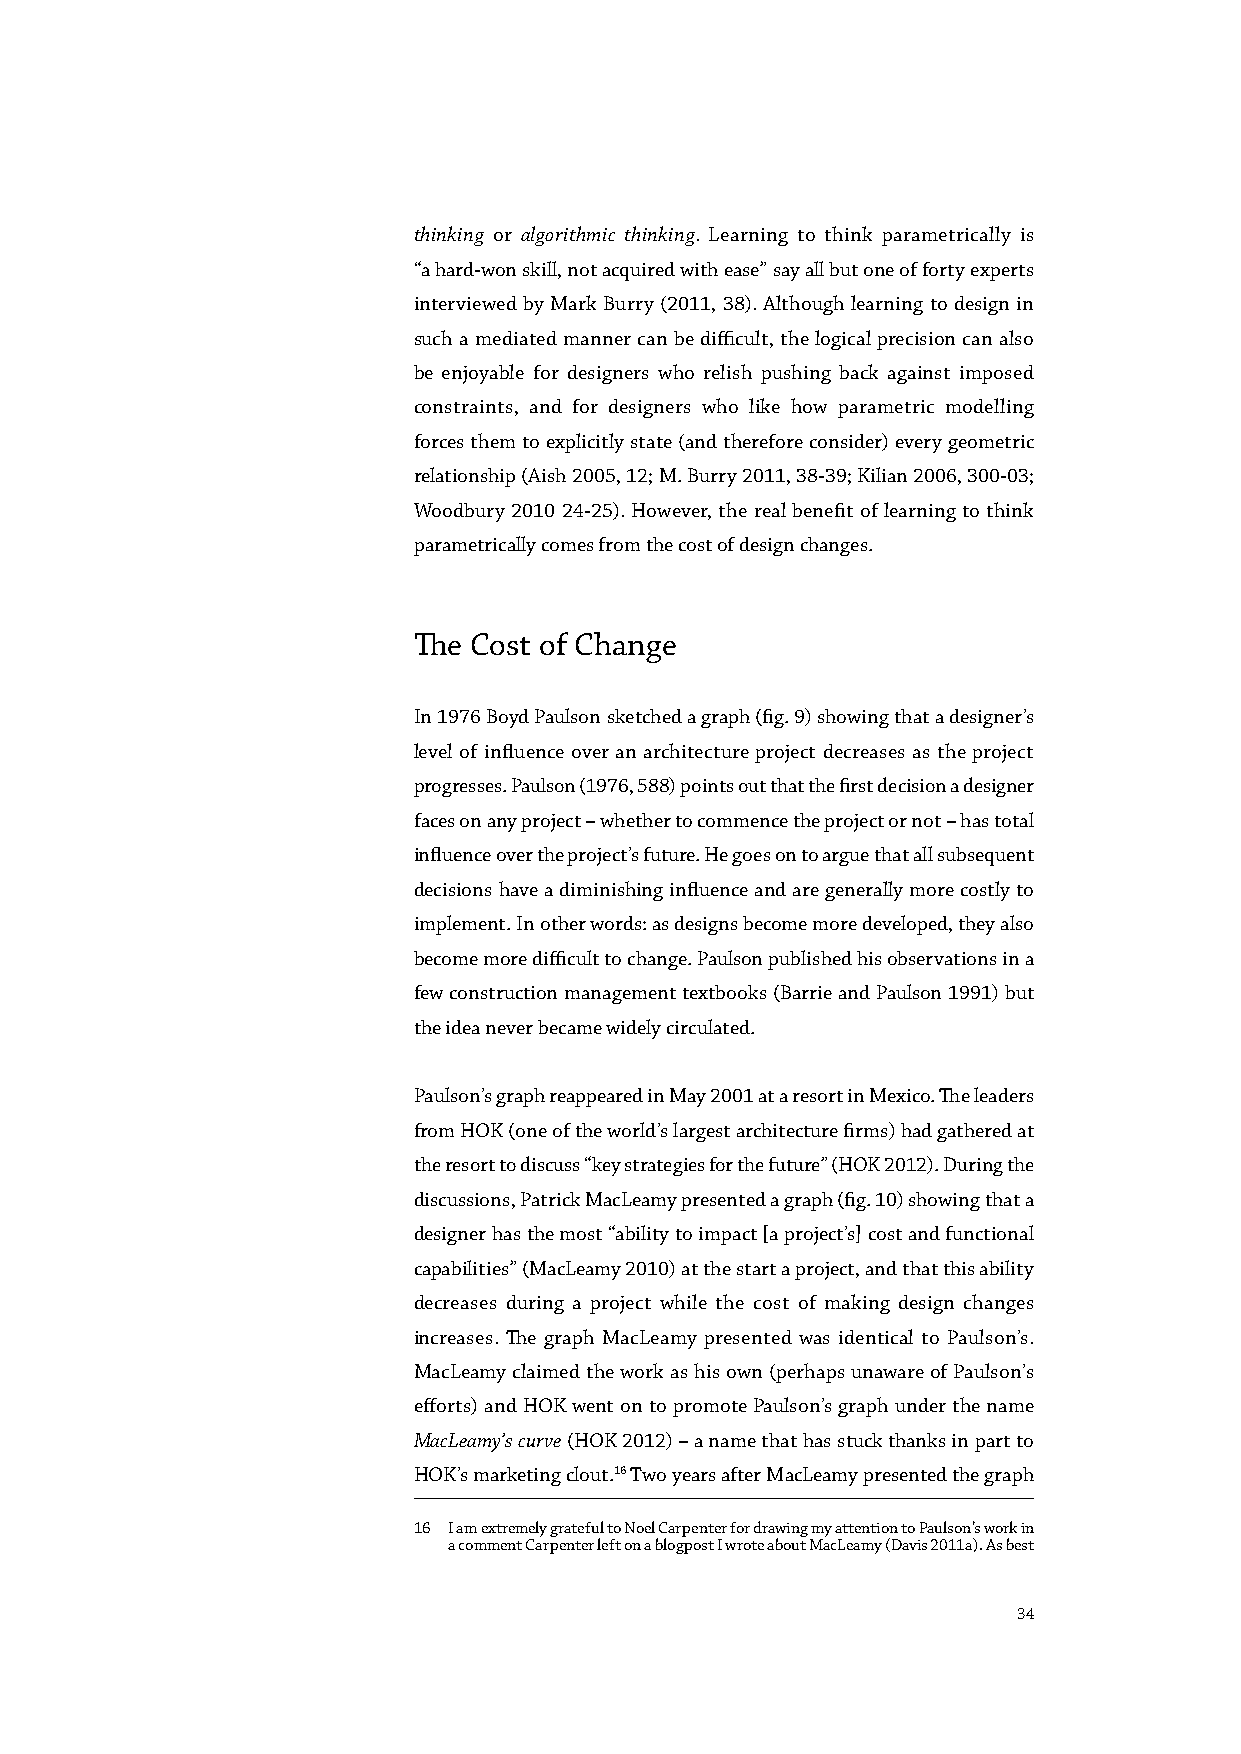
thinking or algorithmic thinking. Learning to think parametrically is
 “a hard-won skill, not acquired with ease” say all but one of forty experts
 interviewed by Mark Burry (2011, 38). Although learning to design in
 such a mediated manner can be difficult, the logical precision can also
 be enjoyable for designers who relish pushing back against imposed
 constraints, and for designers who like how parametric modelling
 forces them to explicitly state (and therefore consider) every geometric
 relationship (Aish 2005, 12; M. Burry 2011, 38-39; Kilian 2006, 300-03;
 Woodbury 2010 24-25). However, the real benefit of learning to think
 parametrically comes from the cost of design changes.
 The Cost of Change
 In 1976 Boyd Paulson sketched a graph (fig. 9) showing that a designer’s
 level of influence over an architecture project decreases as the project
 progresses. Paulson (1976, 588) points out that the first decision a designer
 faces on any project – whether to commence the project or not – has total
 influence over the project’s future. He goes on to argue that all subsequent
 decisions have a diminishing influence and are generally more costly to
 implement. In other words: as designs become more developed, they also
 become more difficult to change. Paulson published his observations in a
 few construction management textbooks (Barrie and Paulson 1991) but
 the idea never became widely circulated.
 100%
 Ability to impact cost Cost of design changes Paulson’s graph reappeared in May 2001 at a resort in Mexico. The leaders
 from HOK (one of the world’s largest architecture firms) had gathered at
 the resort to discuss “key strategies for the future” (HOK 2012). During the
 discussions, Patrick MacLeamy presented a graph (fig. 10) showing that a
 designer has the most “ability to impact [a project’s] cost and functional
 IPD Effort Typical Effort  capabilities” (MacLeamy 2010) at the start a project, and that this ability
 decreases during a project while the cost of making design changes
 increases. The graph MacLeamy presented was identical to Paulson’s.
 MacLeamy claimed the work as his own (perhaps unaware of Paulson’s
 efforts) and HOK went on to promote Paulson’s graph under the name
 MacLeamy’s curve (HOK 2012) – a name that has stuck thanks in part to
 HOK’s marketing clout.16 Two years after MacLeamy presented the graph
 0%
 Predesign Schematic Design Documents Tendering Construction
 Design Development
 16 I am extremely grateful to Noel Carpenter for drawing my attention to Paulson’s work in
 Project Time                  a comment Carpenter left on a blogpost I wrote about MacLeamy (Davis 2011a). As best
 34
 100%
 Ability to impact cost Cost of design changes
 IPD Effort Typical Effort
 0%
 Iterative Parametric Prototyping Construction
 Project Time
 egnahc
 ot
 ytilibA
 &
 tsoC
 egnahc
 ot
 ytilibA
 &
 tsoC